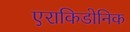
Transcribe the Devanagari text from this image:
एराकिडोनिक